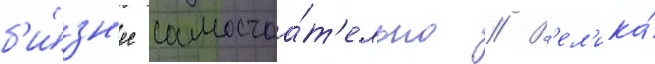
б'и́зн'ес самостоа́т'ельно // В'ел'ика́